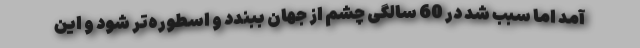
آمد اما سبب شد در 60 سالگی چشم از جهان ببندد و اسطوره‌تر شود و این